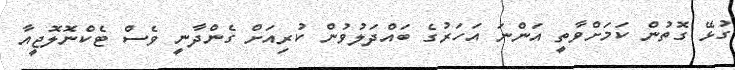
ގުޅޭ ގޮތުން ކަމަށްވާތީ އަންނަ އަހަރުގެ ބައްދަލުވުން ކުރިއަށް ގެންދާނީ ވެސް ޓެކްނޮލޮޖީއާ